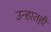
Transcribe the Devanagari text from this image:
उन्हातही